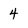
Character: 4